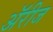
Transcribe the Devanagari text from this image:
ॲरीज